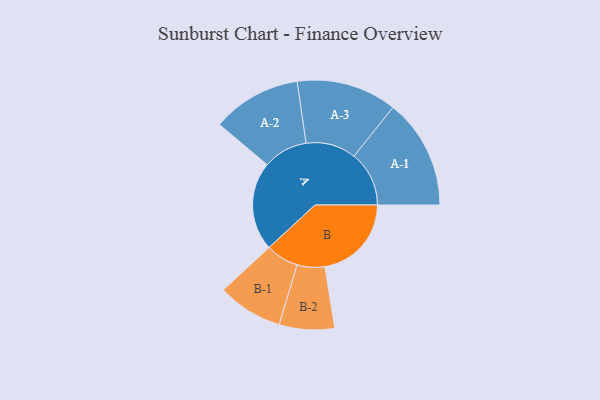
{"axis": {"x": "Segment", "y": "Value"}, "legend": ["", "A", "B"], "data": [{"x": "A", "y": 366, "type": ""}, {"x": "B", "y": 357, "type": ""}, {"x": "A-1", "y": 227, "type": "A"}, {"x": "A-2", "y": 184, "type": "A"}, {"x": "A-3", "y": 207, "type": "A"}, {"x": "B-1", "y": 135, "type": "B"}, {"x": "B-2", "y": 114, "type": "B"}]}